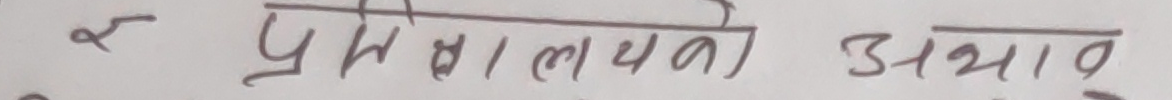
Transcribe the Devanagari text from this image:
२ प्रेमसालग अभाव